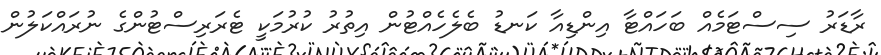
ރާޑަރު ސިސްޓަމެއް ބަހައްޓާ އިންޑިއާ ކަނޑު ބެލެހެއްޓުން އިތުރު ކުރުމަކީ ޓެރަރިސްޓުންގެ ނުރައްކަލުން